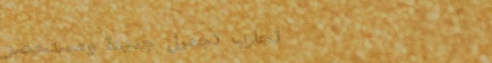
تجارب تجميل جديدة ومستحضر